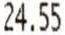
24.55